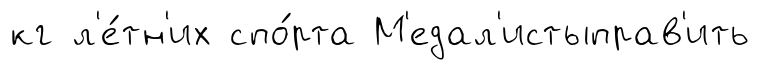
кг л'е́тн'их спо́рта М'едал'истыправ'ить